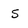
Character: S